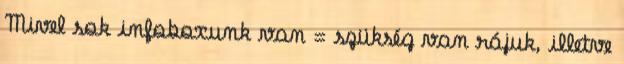
Mivel sok infoboxunk van = szükség van rájuk, illetve